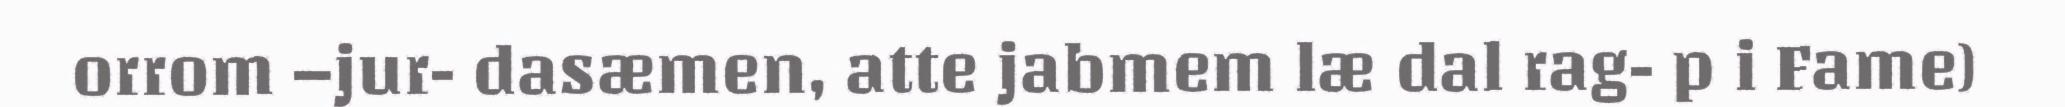
orrom –jur- dasæmen, atte jabmem læ dal rag- p i Fame)